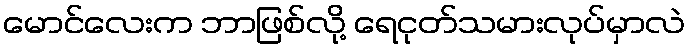
မောင်လေးက ဘာဖြစ်လို့ ရေငုတ်သမားလုပ်မှာလဲ